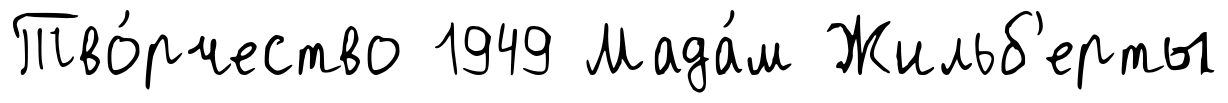
Тво́рчество 1949 Мада́м Жильб'ерты